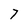
Character: 7